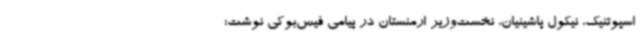
اسپوتنیک، نیکول پاشینیان، نخست‌وزیر ارمنستان در پیامی فیس‌بوکی نوشت: